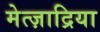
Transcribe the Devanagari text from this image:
मेत्ज़ाद्रिया